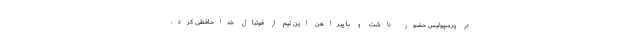
در پرسپولیس حضور داشت و با پیراهن این تیم از فوتبال خداحافظی کرد.